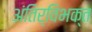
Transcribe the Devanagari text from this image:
अंतिर्विभक्त